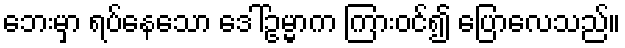
ဘေးမှာ ရပ်နေသော ဒေါ်ဥမ္မာက ကြားဝင်၍ ပြောလေသည်။